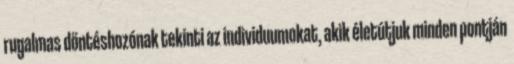
rugalmas döntéshozónak tekinti az individuumokat, akik életútjuk minden pontján